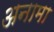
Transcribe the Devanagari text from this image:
अनामा